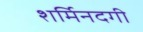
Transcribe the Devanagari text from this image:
शर्मिनदगी